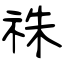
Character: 祩